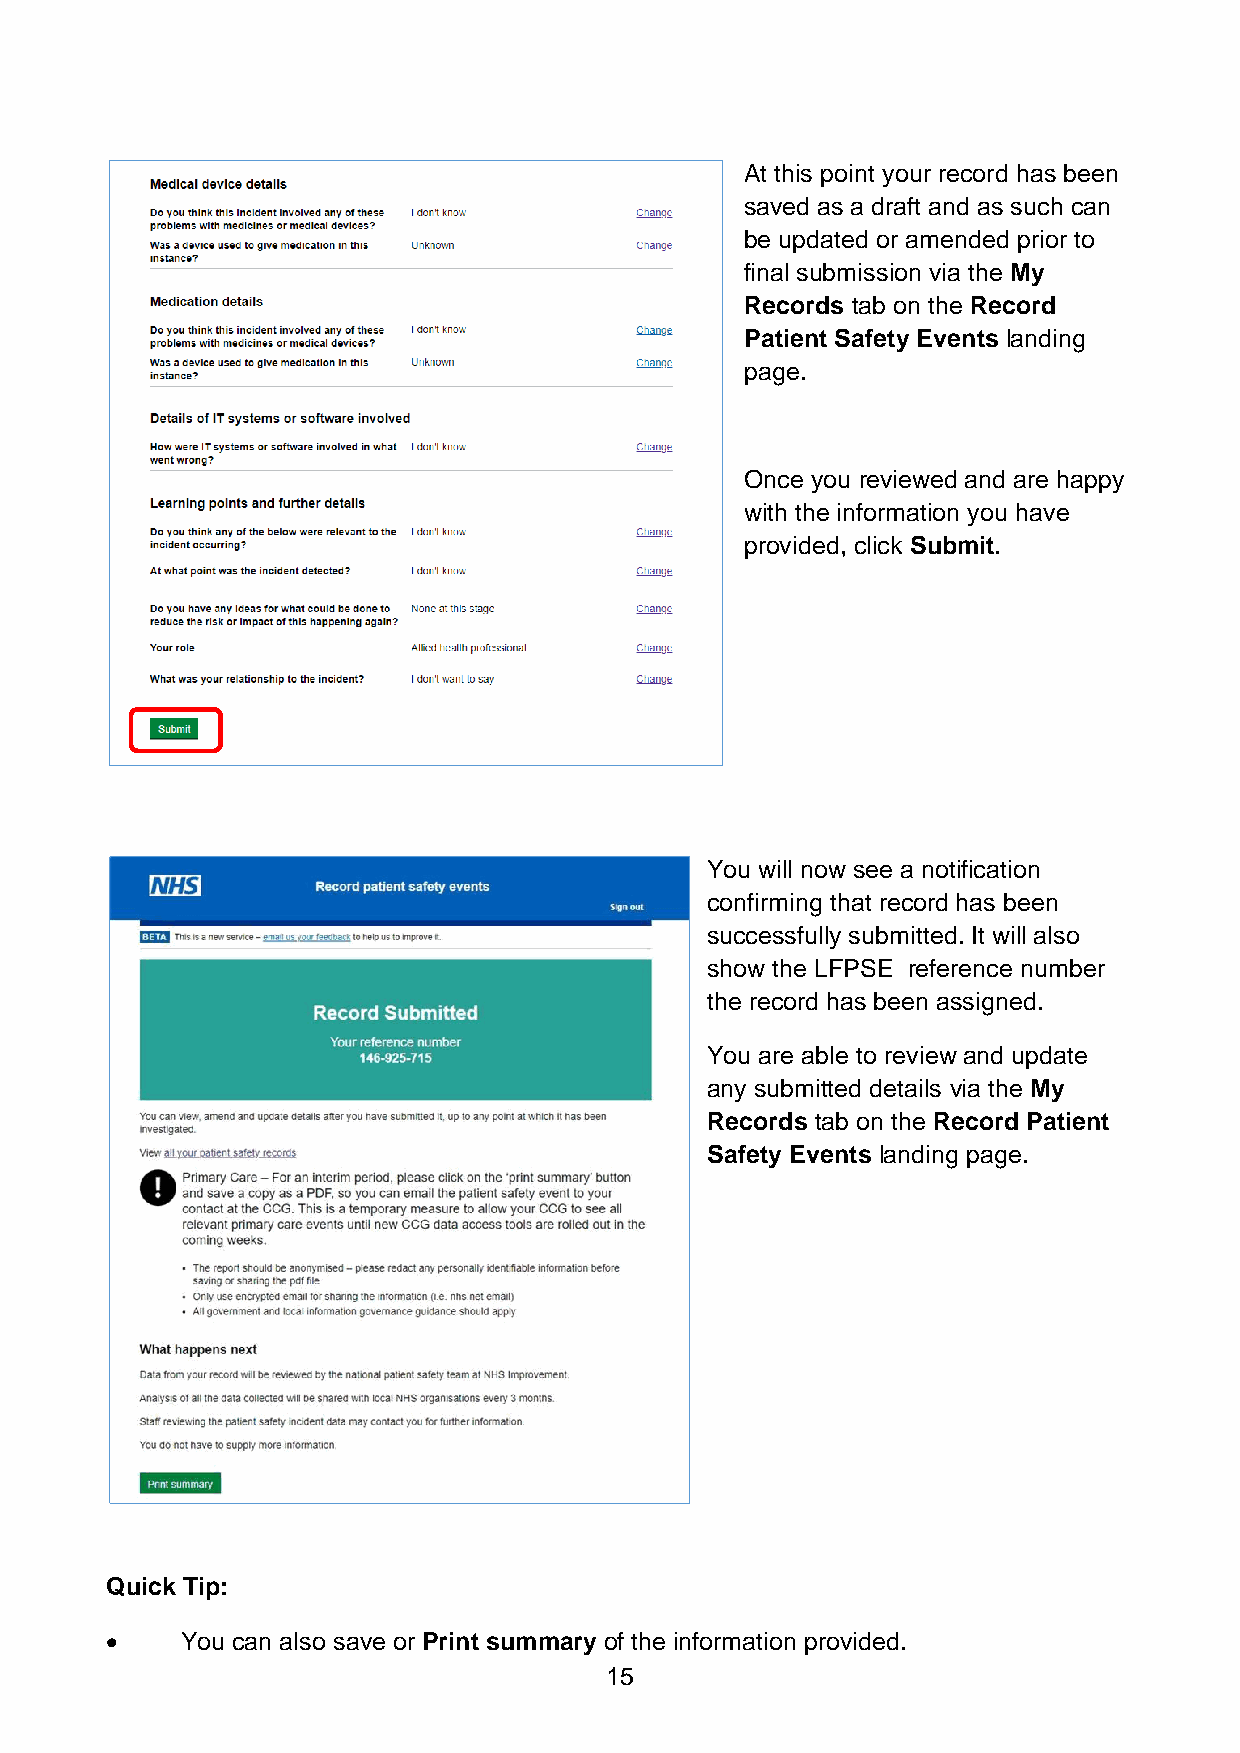
At this point your record has been
 saved as a draft and as such can
 be updated or amended prior to
 final submission via the My
 Records tab on the Record
 Patient Safety Events landing
 page.
 Once you reviewed and are happy
 with the information you have
 provided, click Submit.
 You will now see a notification
 confirming that record has been
 successfully submitted. It will also
 show the LFPSE reference number
 the record has been assigned.
 You are able to review and update
 any submitted details via the My
 Records tab on the Record Patient
 Safety Events landing page.
 Quick Tip:
 •    You can also save or Print summary of the information provided.
 15